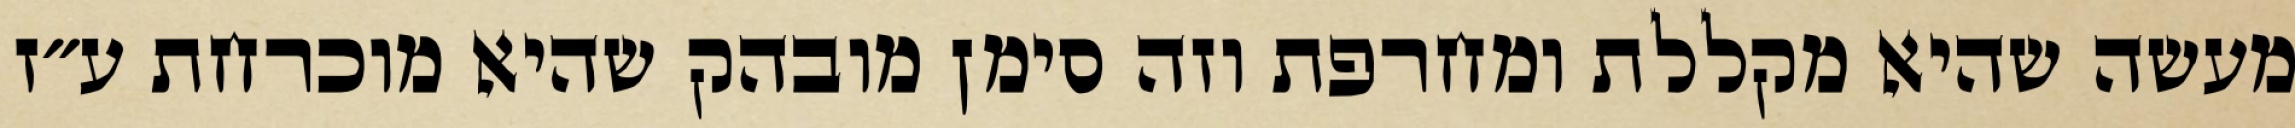
מעשה שהיא מקללת ומחרפת וזה סימן מובהק שהיא מוכרחת ע״ז